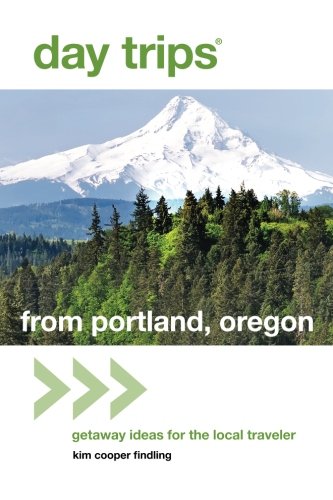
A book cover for Day TripsÂ® from Portland, Oregon: Getaway Ideas for the Local Traveler (Day Trips Series); Kim Cooper Findling; Travel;